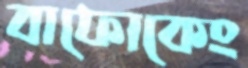
বাফোকেং